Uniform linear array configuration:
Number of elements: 8
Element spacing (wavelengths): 1
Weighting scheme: kaiser
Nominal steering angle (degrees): -60
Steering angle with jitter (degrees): -60.024
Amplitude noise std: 0.05
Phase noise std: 0.05

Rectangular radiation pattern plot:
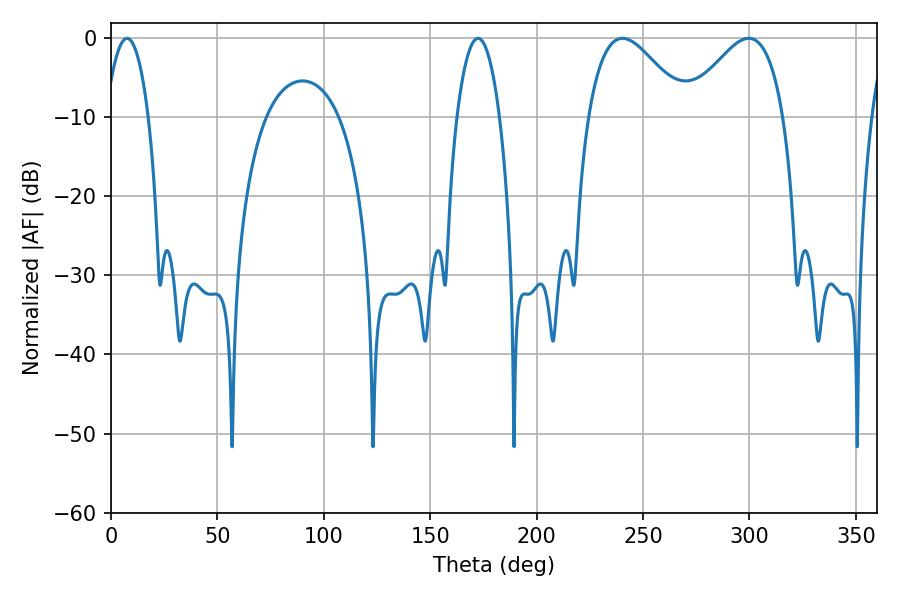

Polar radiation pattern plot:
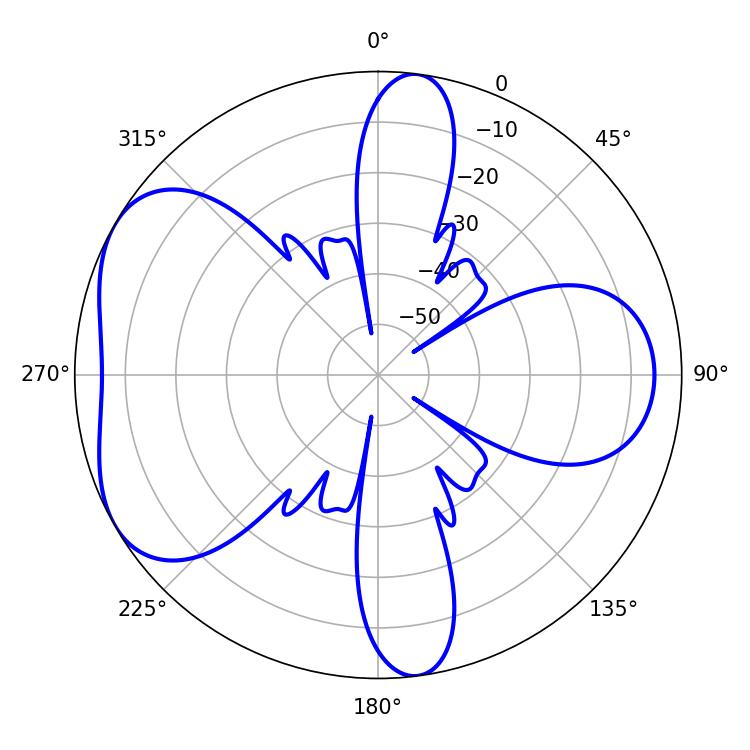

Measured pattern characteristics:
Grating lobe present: TRUE
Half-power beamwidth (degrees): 24.66
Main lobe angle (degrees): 240.3